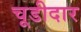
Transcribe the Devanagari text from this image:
चूडीदार